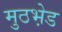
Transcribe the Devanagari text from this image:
मुठभ़ेड